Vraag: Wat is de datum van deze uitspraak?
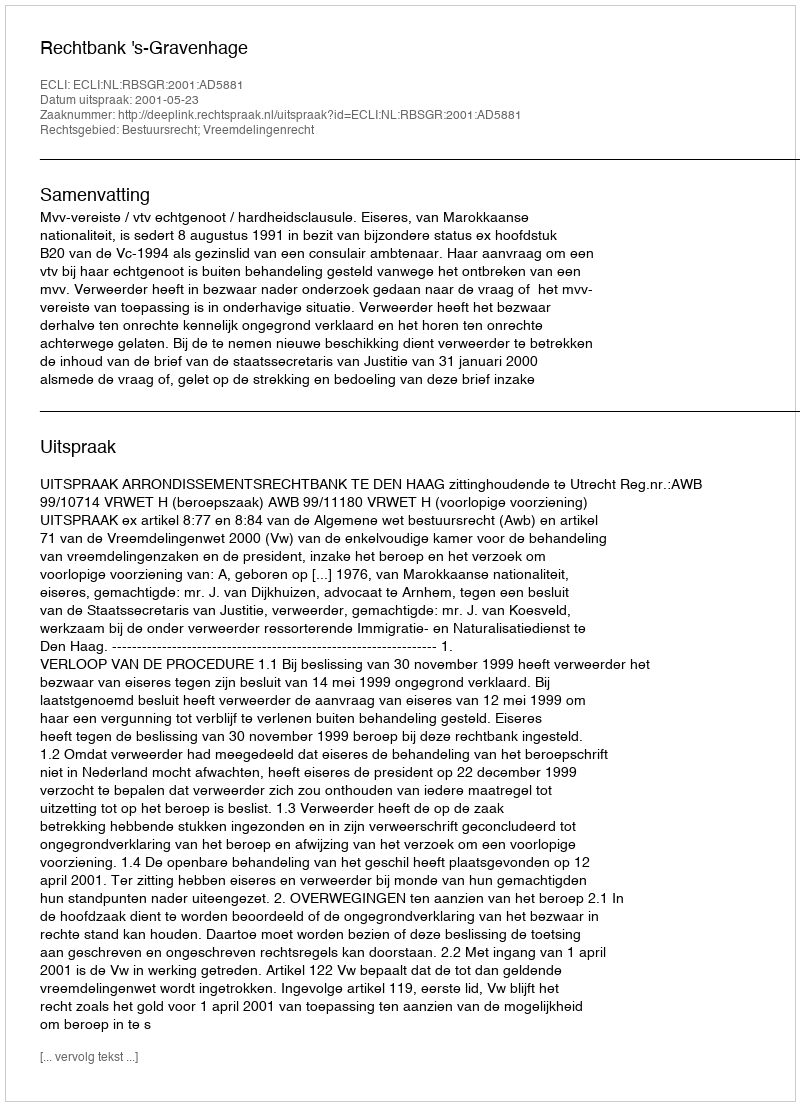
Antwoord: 2001-05-23